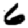
Digit: 6